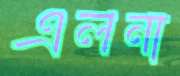
এলনা